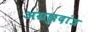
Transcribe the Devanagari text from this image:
अग्रछुदांत्र